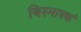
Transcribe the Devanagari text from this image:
बिस्मार्क्क